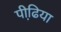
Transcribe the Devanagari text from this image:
पीढि़या